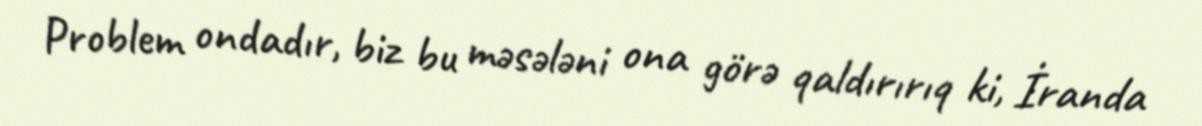
Problem ondadır, biz bu məsələni ona görə qaldırırıq ki, İranda